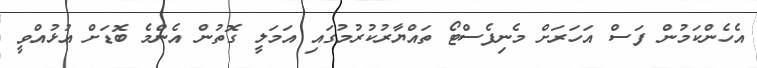
އެހެންކަމުން ފަސް އަހަރަށް މެނިފެސްޓޯ ތައްޔާރުކުރުމުގައި އަމަލީ ގޮތުން އެންމެ ބޮޑަށް އުޅުއްވީ